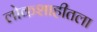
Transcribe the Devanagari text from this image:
लोकशाहीतला